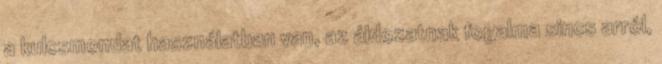
a kulcsmondat használatban van, az áldozatnak fogalma sincs arról,